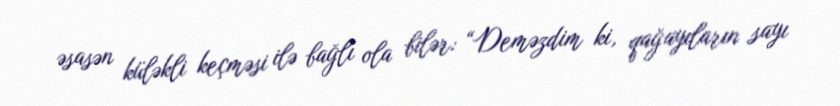
əsasən küləkli keçməsi ilə bağlı ola bilər: “Deməzdim ki, qağayıların sayı